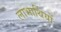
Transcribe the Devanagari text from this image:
लाभार्थियों